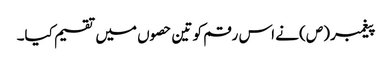
پیغمبر (ص) نے اس رقم کو تین حصوں میں تقسیم کیا۔